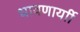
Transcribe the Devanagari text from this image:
धावणार्याी